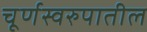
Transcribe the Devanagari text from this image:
चूर्णस्वरुपातील